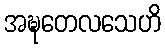
အဍ္ဎတေလသေဟိ